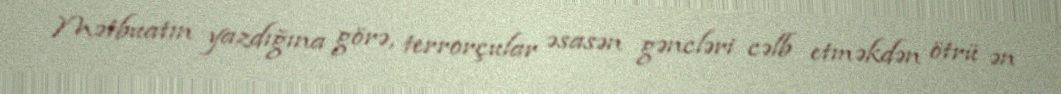
Mətbuatın yazdığına görə, terrorçular əsasən gəncləri cəlb etməkdən ötrü ən